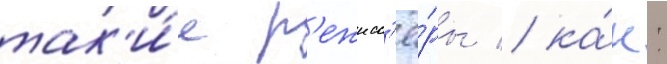
так'и́е р'ежисс'ё́ры / ка́к: